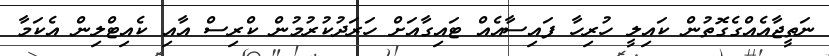
ނަތީޖާއެއްގެގޮތުން ކައިލީ ހުރިހާ ފައިސާއެެއް ޓައިގާއަށް ހަރަދުކުރުމުން ކްރިސް އާއި ކެއިޓްލިން އެކަމާ